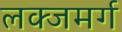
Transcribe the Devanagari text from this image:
लक्जमर्ग